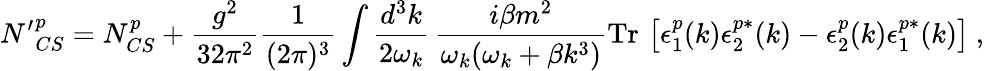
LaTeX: {N^{\prime}}_{CS}^{p}=N_{CS}^{p}+\frac{g^{2}}{32\pi^{2}}\frac{1}{(2\pi)^{3}}\int\frac{d^{3}k}{2\omega_{k}}\, \frac{i\beta m^{2}}{\omega_{k}(\omega_{k}+\beta k^{3})}\mathrm{Tr}\, \left[\epsilon_{1}^{p}(k)\epsilon_{2}^{p*}(k)-\epsilon_{2}^{p}(k)\epsilon_{1}^{p*}(k)\right]\ ,